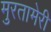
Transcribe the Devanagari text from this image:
मुरतामेरी